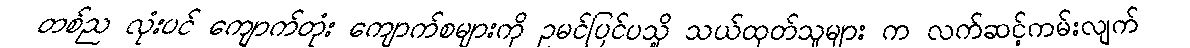
တစ်ည လုံးပင် ကျောက်တုံး ကျောက်စများကို ဥမင်ပြင်ပသို့ သယ်ထုတ်သူများ က လက်ဆင့်ကမ်းလျက်